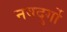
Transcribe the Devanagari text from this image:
नवदुर्गो